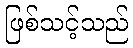
ဖြစ်သင့်သည်